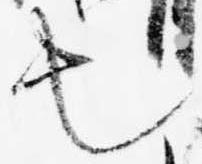
也